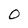
Character: O